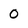
Character: 0